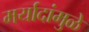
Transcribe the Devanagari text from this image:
मर्यादांमुळे